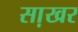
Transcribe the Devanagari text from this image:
सा़खर